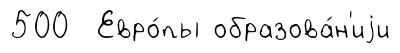
500 Евро́пы образова́н'иjи